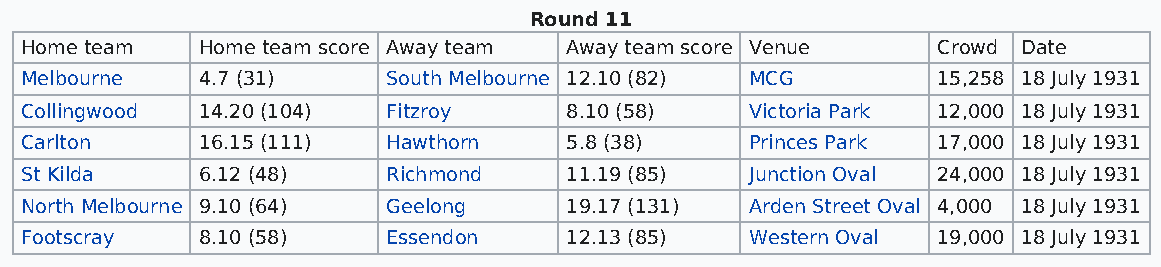
Round 11
 Home team   Home team score Away team Away team score Venue  Crowd Date
 Melbourne   4.7 (31)     South Melbourne 12.10 (82) MCG      15,258 18 July 1931
 Collingwood 14.20 (104)  Fitzroy    8.10 (58)    Victoria Park 12,000 18 July 1931
 Carlton     16.15 (111)  Hawthorn   5.8 (38)     Princes Park 17,000 18 July 1931
 St Kilda    6.12 (48)    Richmond   11.19 (85)   Junction Oval 24,000 18 July 1931
 North Melbourne 9.10 (64) Geelong   19.17 (131)  Arden Street Oval 4,000 18 July 1931
 Footscray   8.10 (58)    Essendon   12.13 (85)   Western Oval 19,000 18 July 1931